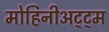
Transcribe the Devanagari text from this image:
मोहिनीअट्ट्म